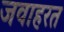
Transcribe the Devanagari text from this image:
जवाहरत